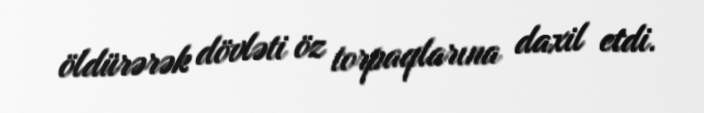
öldürərək dövləti öz torpaqlarına daxil etdi.